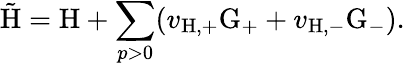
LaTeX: \tilde{\mathrm{H}}=\mathrm{H}+\sum_{p>0}(v_{\mathrm{H,+}}\mathrm{G}_{+}+v_{\mathrm{H,-}}\mathrm{G}_{-}).